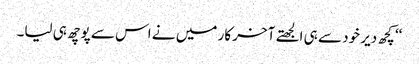
‘‘ کچھ دیر خود سے ہی الجھتے آخر کار میں نے اس سے پوچھ ہی لیا۔